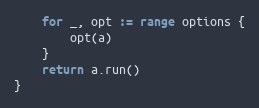
Language: Go
	for _, opt := range options {
		opt(a)
	}
	return a.run()
}